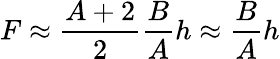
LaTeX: \displaystyle F\approx\frac{A+2}{2}\frac BAh\approx\frac BAh